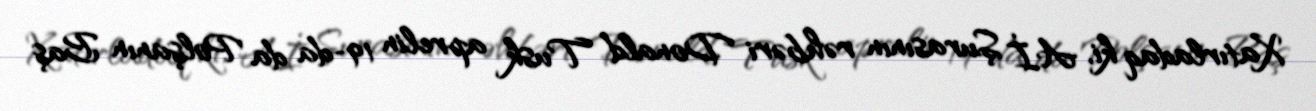
Xatırladaq ki, Aİ Şurasının rəhbəri Donald Tusk aprelin 19-da da Polşanın Baş